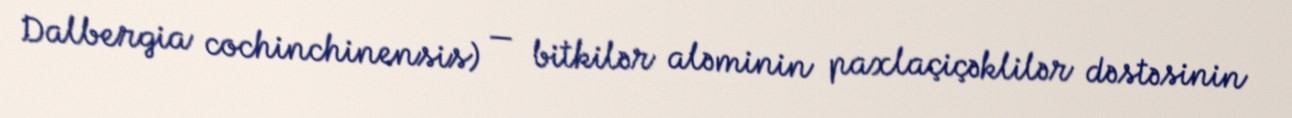
Dalbergia cochinchinensis) — bitkilər aləminin paxlaçiçəklilər dəstəsinin